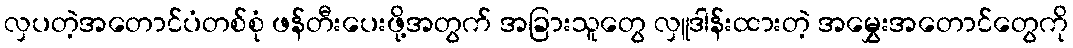
လှပတဲ့အတောင်ပံတစ်စုံ ဖန်တီးပေးဖို့အတွက် အခြားသူတွေ လှူဒါန်းထားတဲ့ အမွှေးအတောင်တွေကို